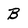
Character: B